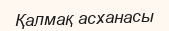
Қалмақ асханасы